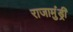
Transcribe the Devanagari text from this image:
राजामुंड्री